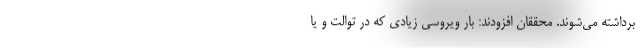
برداشته می‌شوند. محققان افزودند: بار ویروسی زیادی که در توالت و یا